Vaccine operations Central Provinces 1868-1885 - 1868-1885
Year: 1868
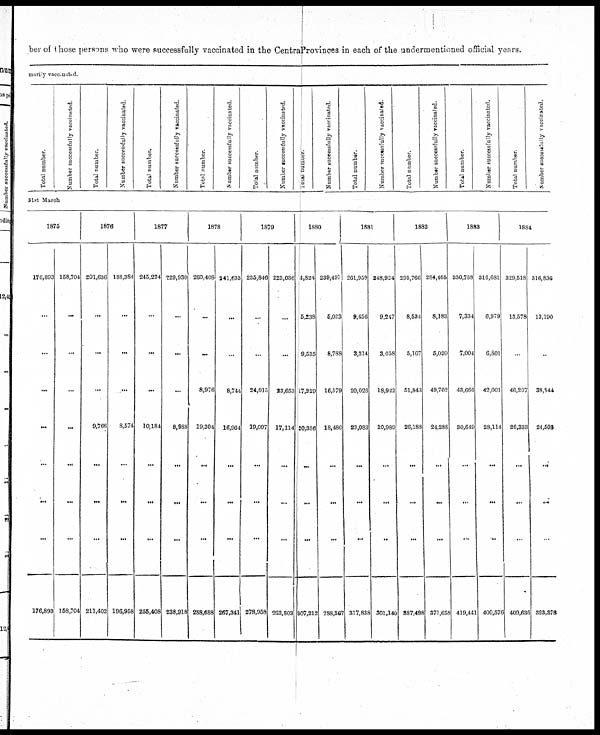
ber of those persons who were successfully vaccinated in the CentraProvinces in each of the undermentioned official years.
marily vaccinated.
Total number.
Number successfully vaccinated.
Total number.
Number successfully vaccinated.
Total number.
Number successfully vaccinated.
Total number.
Number successfully vaccinated.
Total number.
Number successfully vaccinated.
Total number.
Number successfully vaccinated.
Total number.
Number successfully vaccinated.
Total number.
Number successfully vaccinated.
Total number.
Number successfully vaccinated.
Total number.
Number successfully vaccinated.
31st March
1875
176,893
...
...
...
...
...
...
...
176,893
158,704
...
...
...
...
...
...
...
158,704
1876
201,636
...
...
...
9,766
...
...
...
211,402
188,384
...
...
...
8,574
...
...
...
196,958
1877
245,224
...
...
...
10,184
...
...
...
255,408
229,930
...
...
...
8,988
...
...
...
238,918
1878
260,408
...
...
8,976
19,304
...
...
...
288,688
241,633
...
...
8,744
16,964
...
...
...
267,341
1879
235,846
...
...
24,015
19,097
...
...
...
278,958
223,036
...
...
23,653
17,114
...
...
...
263,803
1880
4,824
5,238
9,535
17,229
20,386
...
...
...
307,212
239,497
5,023
8,788
16,579
18,480
...
...
...
288,367
1881
261,959
9,456
3,314
20,026
23,083
...
...
...
317,838
248,924
9,247
3,058
18,922
20,989
...
...
...
301,140
1883
295,766
8,534
5,167
51,843
26,188
...
...
...
387,498
284,465
8,183
5,020
49,702
24,286
...
...
...
371,658
330,788
7,334
7,004
43,666
30,649
...
...
...
419,441
316,681
6,979
6,801
42,001
28,114
...
...
...
400,576
1884
329,518
13,578
...
40,207
26,333
...
...
...
409,636
316,836
13,190
...
38,844
24,508
...
...
...
393,378